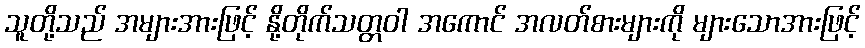
သူတို့သည် အများအားဖြင့် နို့တိုက်သတ္တဝါ အကောင် အလတ်စားများကို များသောအားဖြင့်